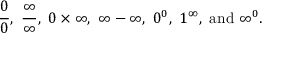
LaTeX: { \frac { 0 } { 0 } } , ~ { \frac { \infty } { \infty } } , ~ 0 \times \infty , ~ \infty - \infty , ~ 0 ^ { 0 } , ~ 1 ^ { \infty } , { \mathrm { ~ a n d ~ } } \infty ^ { 0 } .